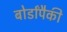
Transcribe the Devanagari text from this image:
बोर्डांपैकी